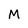
Character: M